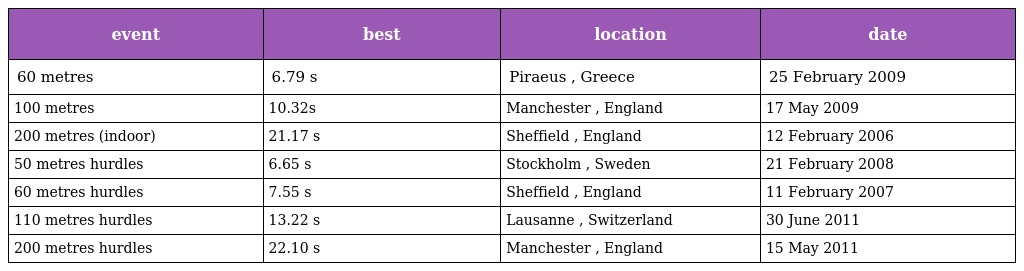
| event | best | location | date |
 | --- | --- | --- | --- |
 | 60 metres | 6.79 s | Piraeus , Greece | 25 February 2009 |
 | 100 metres | 10.32s | Manchester , England | 17 May 2009 |
 | 200 metres (indoor) | 21.17 s | Sheffield , England | 12 February 2006 |
 | 50 metres hurdles | 6.65 s | Stockholm , Sweden | 21 February 2008 |
 | 60 metres hurdles | 7.55 s | Sheffield , England | 11 February 2007 |
 | 110 metres hurdles | 13.22 s | Lausanne , Switzerland | 30 June 2011 |
 | 200 metres hurdles | 22.10 s | Manchester , England | 15 May 2011 |